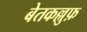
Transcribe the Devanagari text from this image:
बेतकल्लुफ़